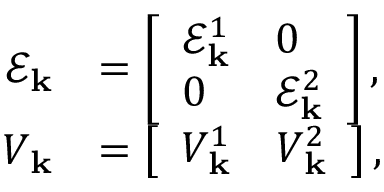
\begin{array} { r l } { \mathcal { E } _ { \mathbf { k } } } & { = \left[ \begin{array} { l l } { \mathcal { E } _ { \mathbf { k } } ^ { 1 } } & { 0 } \\ { 0 } & { \mathcal { E } _ { \mathbf { k } } ^ { 2 } } \end{array} \right] , } \\ { V _ { \mathbf { k } } } & { = \left[ \begin{array} { l l } { V _ { \mathbf { k } } ^ { 1 } } & { V _ { \mathbf { k } } ^ { 2 } } \end{array} \right] , } \end{array}